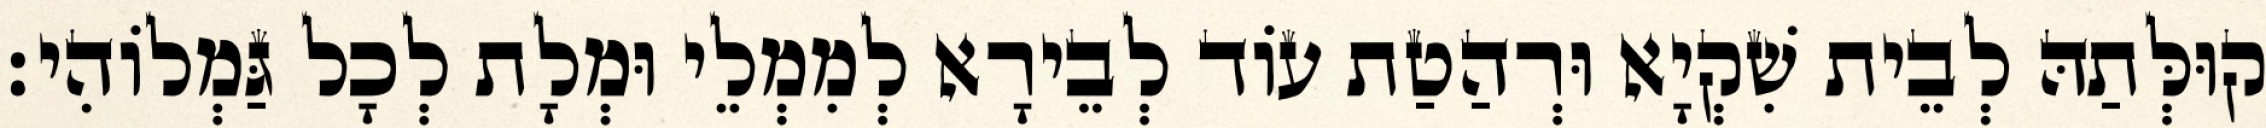
קוּלְּתַהּ לְבֵית שִׁקְיָא וּרְהַטַת עוֹד לְבֵירָא לְמִמְלֵי וּמְלָת לְכָל גַּמְלוֹהִי׃